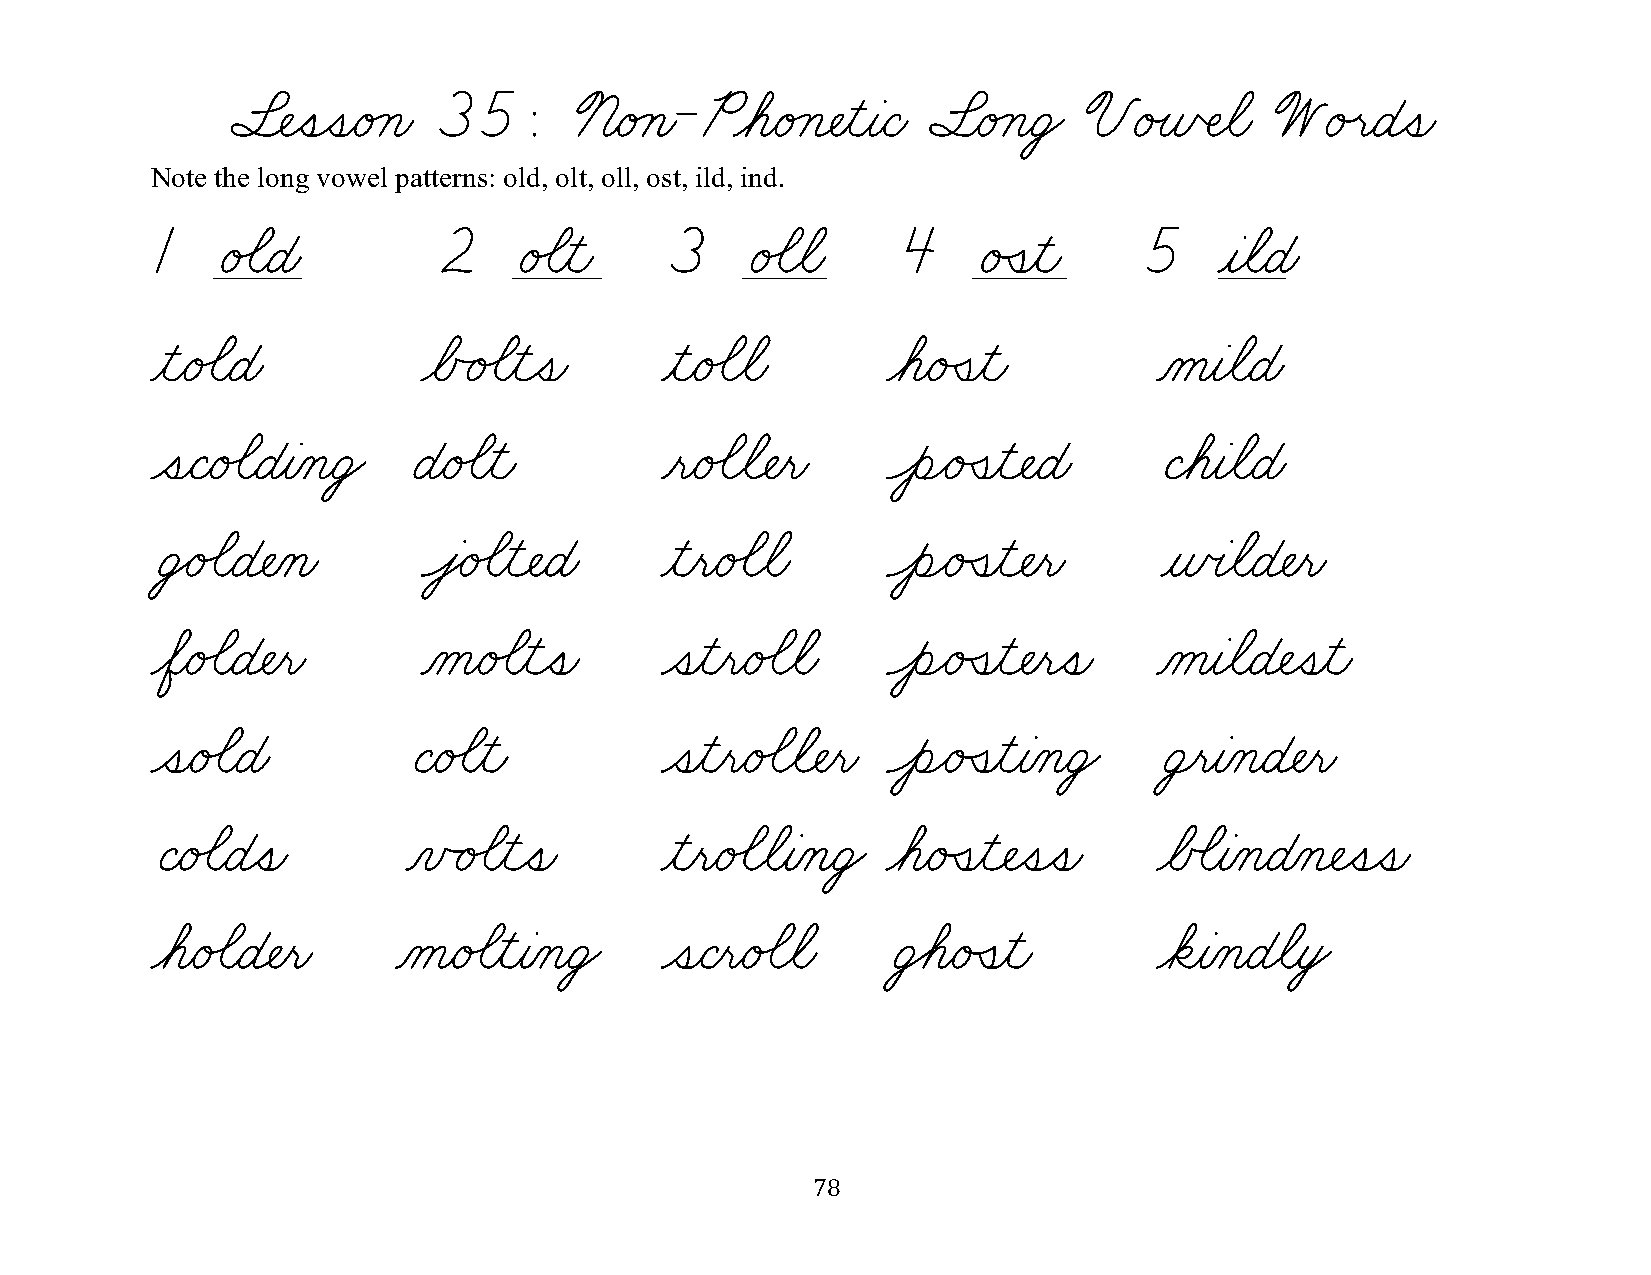
§¬ÑˆíˆíæéÁçæ  35:      ™æéÁçæ -PøáæéÁç¬ÑƒìƒàæÇæ §æéÁçæÜŸ VéÙñŒÑøãæ   WéÙëæÉˆíæ
 Note the long vowel patterns: old, olt, oll, ost, ild, ind.
 1   é‰ãæÉæ         2    é‰ãƒìæ    3    é‰ãøãæ     4   éÛíƒìæ      5    ƒàøãæÉæ
 ƒìæé‰ãæÉæ         øÅÃé‰ãƒìˆíæ     ƒìæé‰ãøãæ      øáæéÛíƒìæ         ÀåƒàøãæÉæ
 ˆíæÇæé‰ãæÉƒàÀçæÜŸ Éæé‰ãƒìæ        ƒëæé‰ãøã¬Ñƒëæ  ÔèÌéÛíƒì¬ÑæÉæ     ÇøáƒàøãæÉæ
 ÜŸé‰ãæÉ¬ÑÀçæ      ÔâŸé‰ãƒì¬ÑæÉæ   ƒìƒëæé‰ãøãæ    ÔèÌéÛíƒì¬Ñƒëæ     ƒñœàøãæÉ¬Ñƒëæ
 øÖæé‰ãæÉ¬Ñƒëæ     Àåæé‰ãƒìˆíæ     ˆíƒìƒëæé‰ãøãæ  ÔèÌéÛíƒì¬Ñƒëˆíæ   ÀåƒàøãæÉ¬Ñˆíƒìæ
 ˆíæé‰ãæÉæ        Çæé‰ãƒìæ         ˆíƒìƒëæé‰ãøã¬Ñƒëæ ÔèÌéÛíƒìƒàÀçæÜŸ Ü¸ëƒàÀçæÉ¬Ñƒëæ
 Çæé‰ãæÉˆíæ       ÀïÃé‰ãƒìˆíæ      ƒìƒëæé‰ãøãƒàÀçæÜŸ øáæéÛíƒì¬Ñˆíˆíæ øÅÕãƒàÀçæÉÀç¬Ñˆíˆíæ
 øáæé‰ãæÉ¬Ñƒëæ   Àåæé‰ãƒìƒàÀçæÜŸ   ˆíæÇƒëæé‰ãøãæ  Ü€áæéÛíƒìæ        øäƒàÀçæÉøãƒòŸ
 78